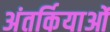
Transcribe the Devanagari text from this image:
अंतर्कियाओं